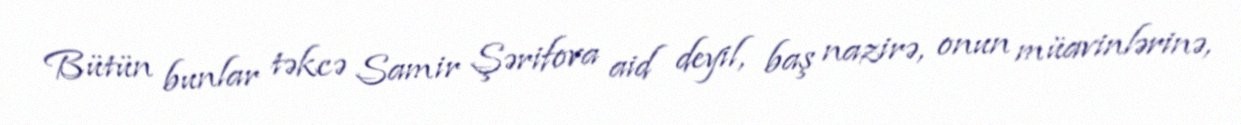
Bütün bunlar təkcə Samir Şərifova aid deyil, baş nazirə, onun müavinlərinə,